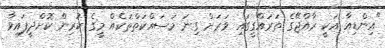
"އިންޑިއާ އަކީ ރާއްޖޭގެ ތަރައްގީގައި ވަރަށް ގިނަ މަސައްކަތްތަކެއް މީގެ ކުރިން ކޮށްދީފައިވާ